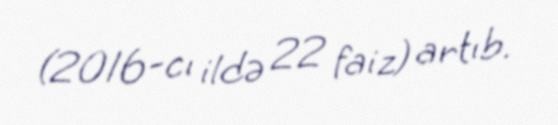
(2016-cı ildə 22 faiz) artıb.